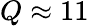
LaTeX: Q\approx 11